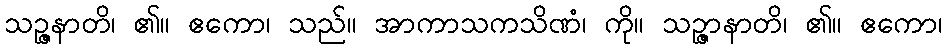
သဉ္ဇနာတိ၊ ၏။ ဧကော၊ သည်။ အာကာသကသိဏံ၊ ကို။ သဉ္ဇာနာတိ၊ ၏။ ဧကော၊